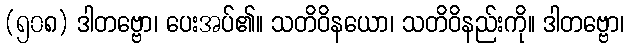
(၅၀၈) ဒါတဗ္ဗော၊ ပေးအပ်၏။ သတိဝိနယော၊ သတိဝိနည်းကို။ ဒါတဗ္ဗော၊